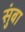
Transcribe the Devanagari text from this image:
सुंबा